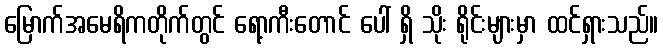
မြောက်အမေရိကတိုက်တွင် ရော့ကီးတောင် ပေါ် ရှိ သိုး ရိုင်းများမှာ ထင်ရှားသည်။